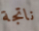
ناتجة